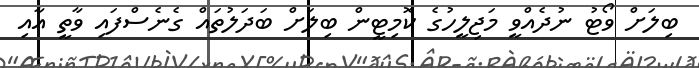
ބިލަށް ވޯޓު ނުދެއްވީ މަޖިލީހުގެ ކޮމިޓީން ބިލަށް ބަދަލުތައް ގެނެސްފައި ވާތީ އާއި